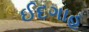
ઈદગાહ